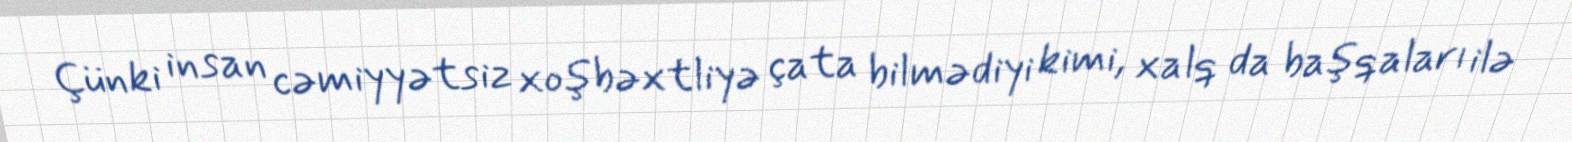
Çünki insan cəmiyyətsiz xoşbəxtliyə çata bilmədiyi kimi, xalq da başqaları ilə